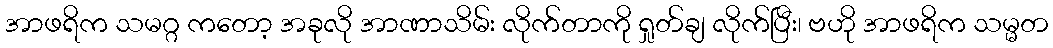
အာဖရိက သမဂ္ဂ ကတော့ အခုလို အာဏာသိမ်း လိုက်တာကို ရှုတ်ချ လိုက်ပြီး၊ ဗဟို အာဖရိက သမ္မတ